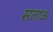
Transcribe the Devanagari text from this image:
सताऊ